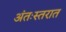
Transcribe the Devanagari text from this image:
अंतःस्तरात